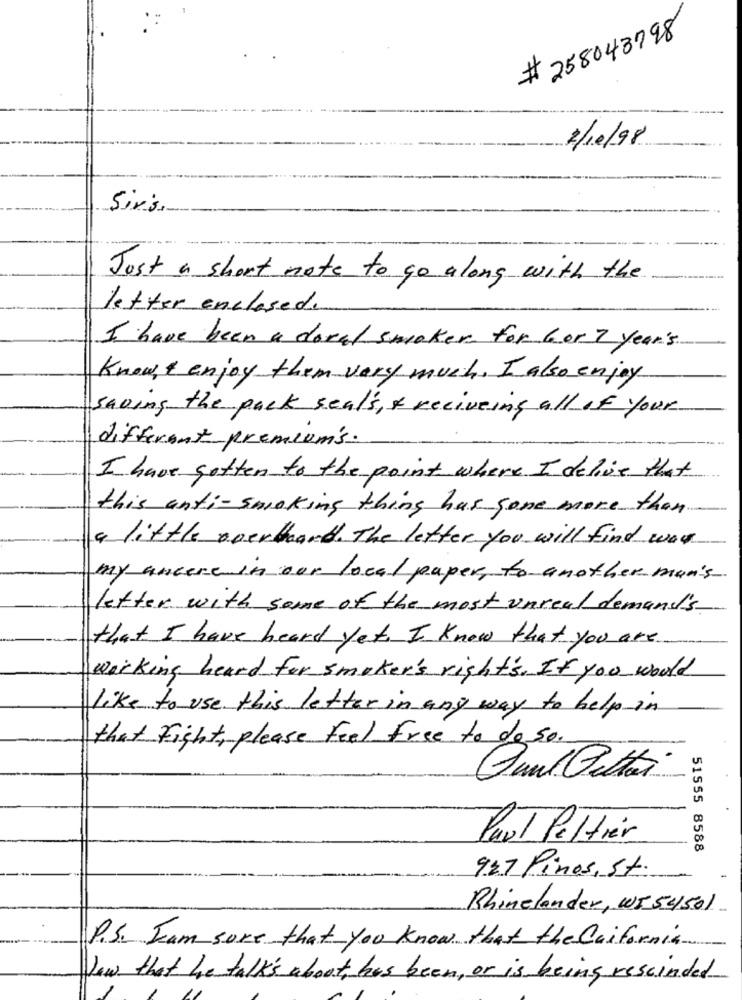
# 258043798
2/10/98
Sir's.
Just a short note to go along with the
letter enclosed.
I have been a dorad smoker for bor 7 year's
Know, & enjoy them very much. I also Enjoy
saving the pack seal's, & reciveing all of your
different premium's.
I have gotten to the point where I delive that
this anti-smoking thing has gone more than
a little overband. The letter you will find was
my ancere in our local paper, to another man's
letter with some of the most unreal demand's
that I have heard yet, I know that you are
working heard for smaker's right's. If you would
like to use this letter in any way to help in
that fight, please feel free to do so.
Guilletai
Paul Peltier
51555 8588
927 Pinos, St.
Rhinelander, WI 54501
P.S. Iam sure that you know that the California
Now that he talk's about, has been, or is being rescinded